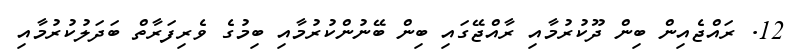
12. ރައްޖެއިން ބިން ދޫކުރުމާއި ރާއްޖޭގައި ބިން ބޭނުންކުރުމާއި ބިމުގެ ވެރިފަރާތް ބަދަލުކުރުމާއި